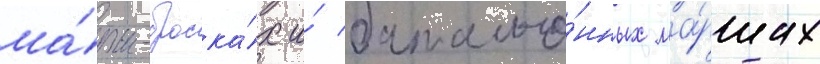
ма́рш-броска́х и́ батальо́нных ма́ршах